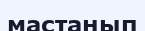
мастанып